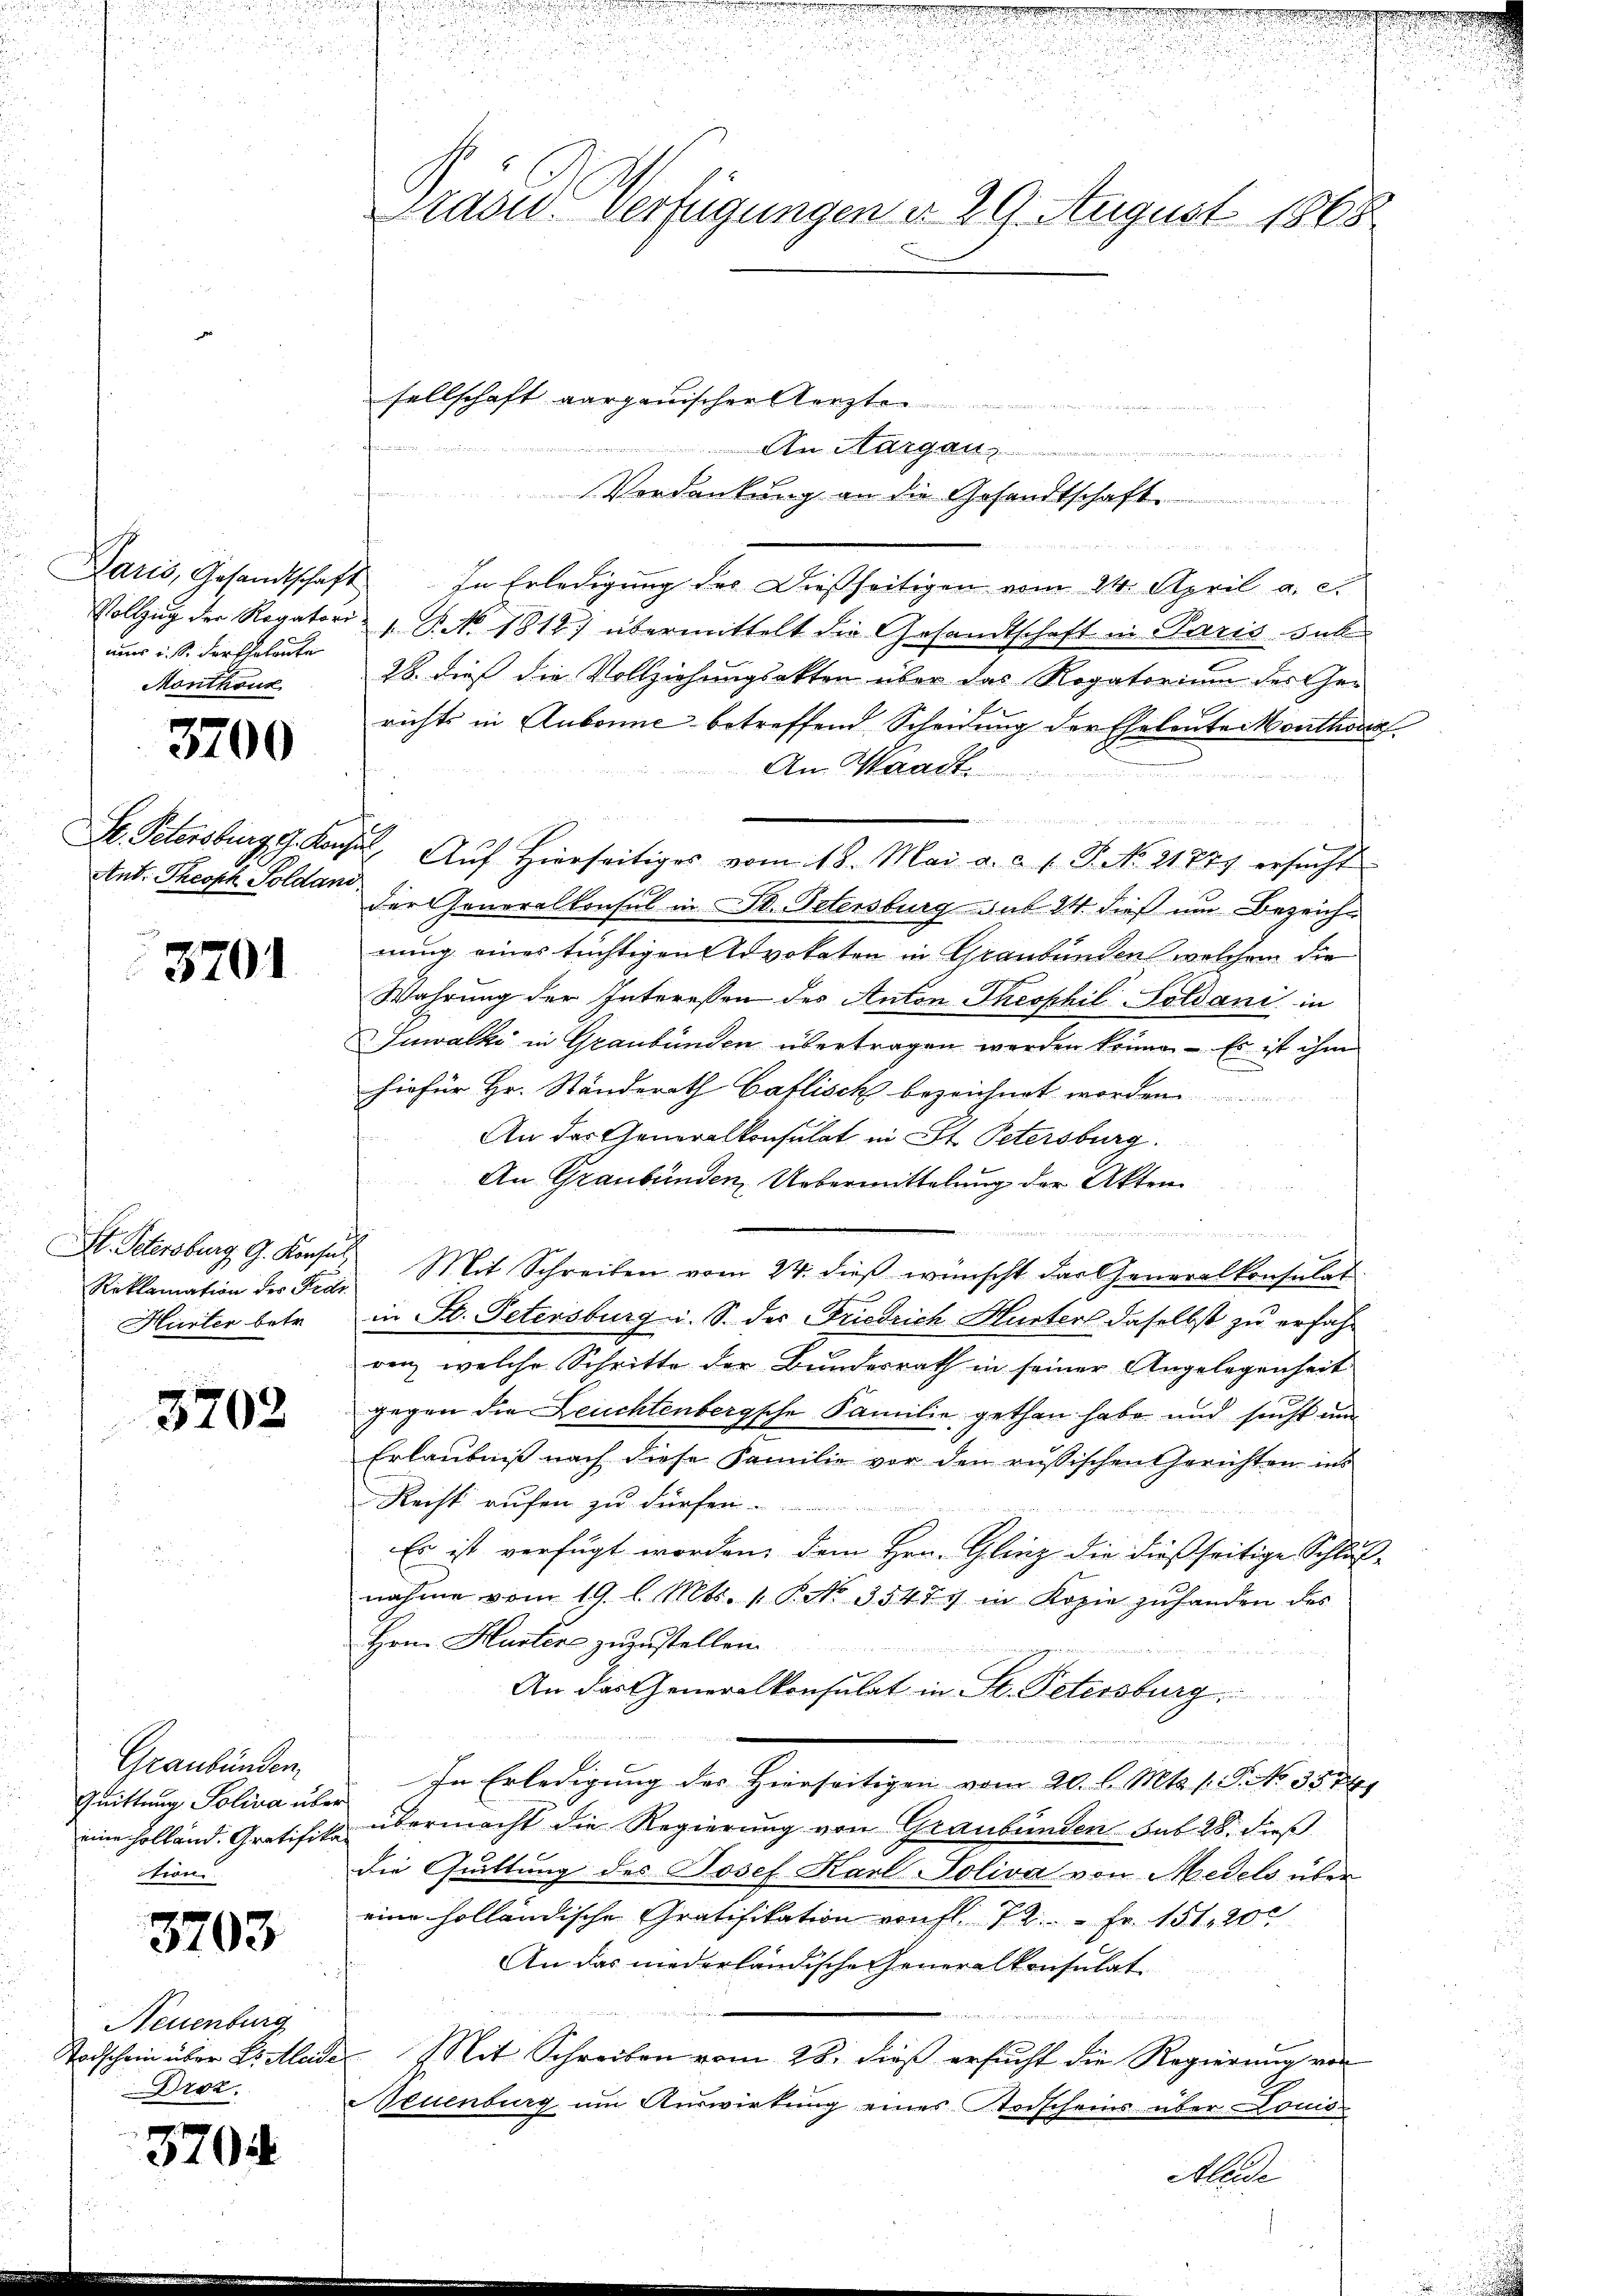
immer u. s. Fortbeleute
Monthonz

3700

Ant. Theoph Soldani.

3701

St. Petersburg, G. Konsul
Hurter betr.

3702

Graubünden.
Quittung Soliva über
eine Holland. Gratifik
tion.

3703

Neuenburg
Todschein über Postleide
Droz.

3704

.
u

Grade-Verfügungen d. 29. August 1868

s

sellschaft aargauischen Aerzte
An Margau.   . . . . . . . .
.
den
Verdankung an die Gesandtschaft.

Paris, Gesandtschaft. In Erledigung der dießseitigen vom 24. April a. c.
Vollzug der Rogatori NNo. 1812) übermittelt die Gesandtschaft in Paris sub
28. dieß die Vollziehungsakten über das Rogatorium der Gerichts in Aubonne betreffend Scheidung der Eheleute Monthona
An Waadt

S. Petersburg g. Konser Aŭf Hierseitiges vom 18. Mai a. a. 1. P. No. 21779 ersŭcht
der Generalkonsul in St. Petersburg sub 24 dieß um Bezeichnung eines tüchtigen Advokaten in Graubünden welchem die
Wahrung der Interessen des Anton Thesphil Soldani in
Juwalki in Graubünden übertragen werden könne. Er ist ihm
hiefür Hr. Stinderath Gaflisch bezeichnet worden.
An das Generalkonsulat in St. Petersburg.
An Graubünden Uebermittelung der Akten
i
Adriannen, u.
Reklamation der Fier Mit Schreiben vom 24. dieβ wünscht das Generalkonsulat
in St. Petersburg i. S. der Friedrich Hurter daselbst zu erfahren, welche Schritte der Bundesrath in seiner Angelegenheit
gegen die Leuchtenbergsche Familie gethan habe und sucht um
Erlaubniß nach diese Familie vor den russischen Gerichten ins
Recht aufen zu dürfen.
Es ist verfügt worden, dem Hrn. Glinz die dießseitige Schlußnahme vom 19. l. Mts. 1. P. No. 35477 in Kopie zuhanden des
Hern Husters zuzustellen
An das Generalkonsulat in St. Petersburg

In Erledigung des Hierseitigen vom 20. l. Mts. 1. P. NNo. 3574.
übermacht die Regierung von Graubünden sub 28. dieß
Die Quittung des Josef Karl-Soliva von Medels über
eine holländische Gratifikation von fl. 72. - Fr. 151. 200
An das niederländische Generalkonsulat

Mit Schreiben vom 28. dieß ersucht die Regierung von
Neuenburg um Auswirkung eines Todscheins über Louis
Aleide